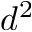
d ^ { 2 }